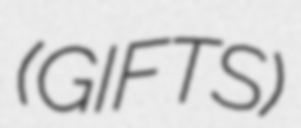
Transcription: (GIFTS)